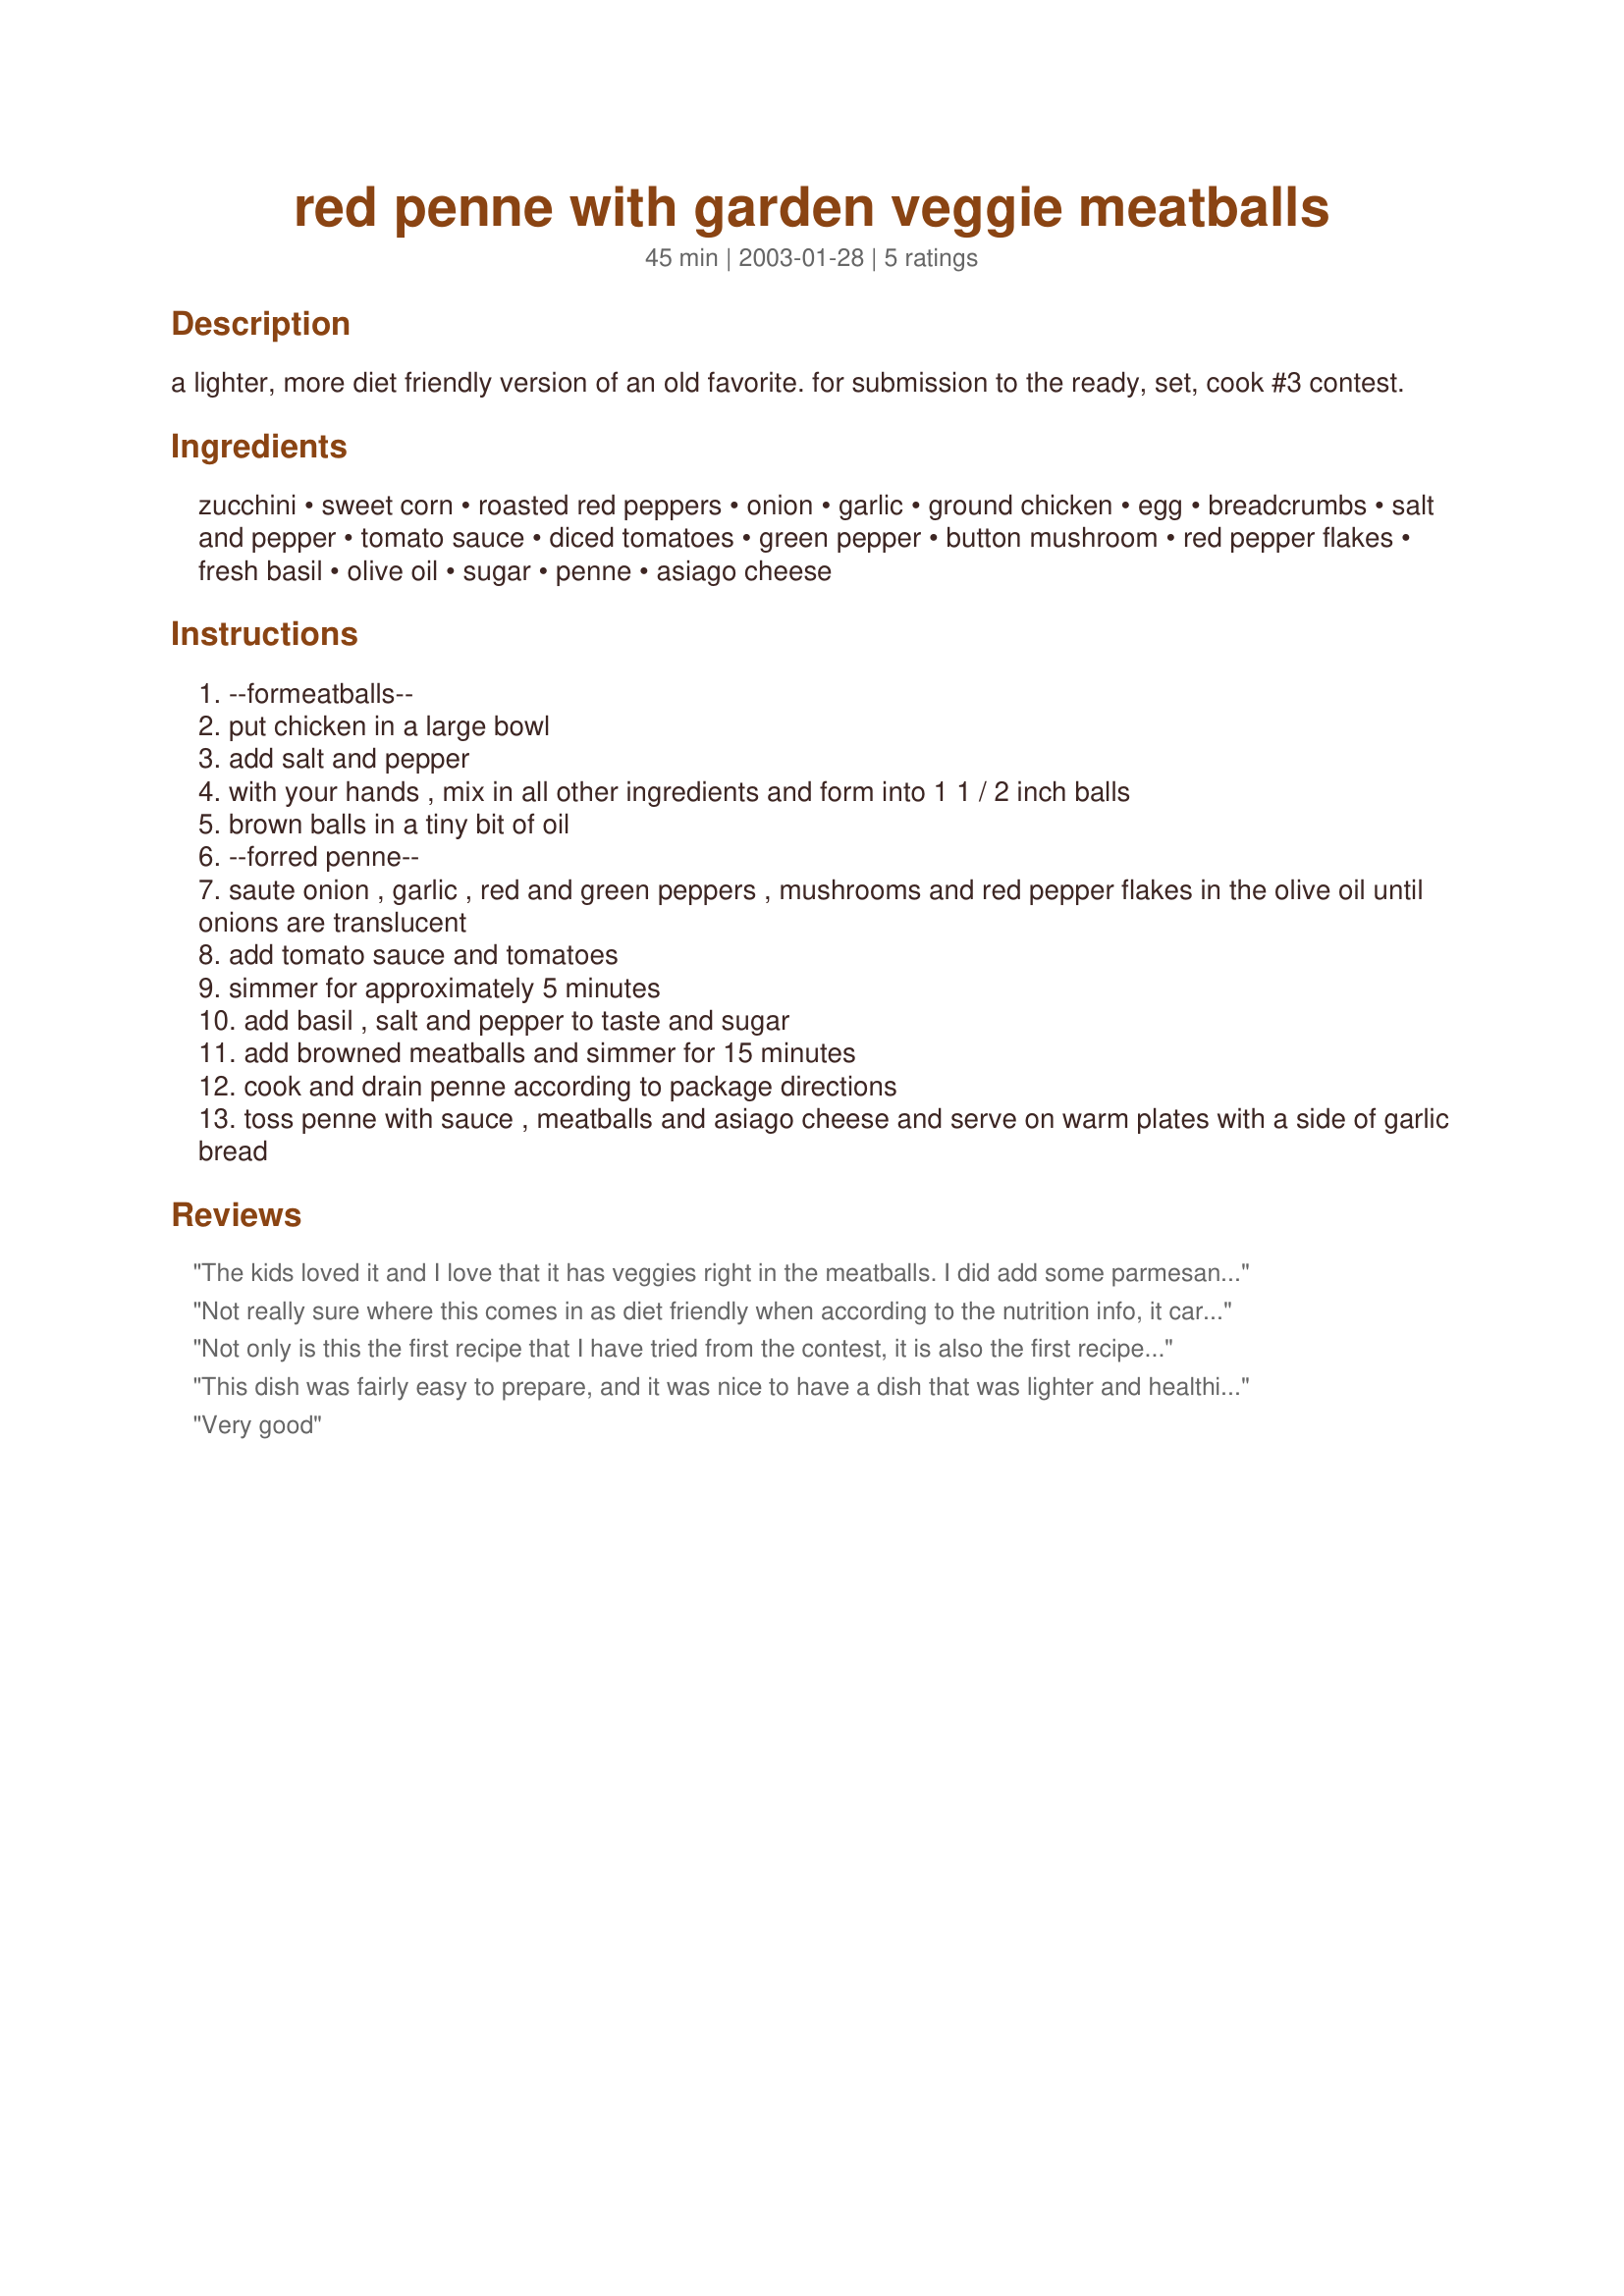
red penne with garden veggie meatballs
Preparation time: 45 minutes

a lighter, more diet friendly version of an old favorite. for submission to the ready, set, cook #3 contest.

Ingredients:
zucchini, sweet corn, roasted red peppers, onion, garlic, ground chicken, egg, breadcrumbs, salt and pepper, tomato sauce, diced tomatoes, green pepper, button mushroom, red pepper flakes, fresh basil, olive oil, sugar, penne, asiago cheese

Steps:
--formeatballs--
put chicken in a large bowl
add salt and pepper
with your hands , mix in all other ingredients and form into 1 1 / 2 inch balls
brown balls in a tiny bit of oil
--forred penne--
saute onion , garlic , red and green peppers , mushrooms and red pepper flakes in the olive oil until onions are translucent
add tomato sauce and tomatoes
simmer for approximately 5 minutes
add basil , salt and pepper to taste and sugar
add browned meatballs and simmer for 15 minutes
cook and drain penne according to package directions
toss penne with sauce , meatballs and asiago cheese and serve on warm plates with a side of garlic bread

Reviews:
The kids loved it and I love that it has veggies right in the meatballs. I did add some parmesan cheese to the meatball and after browning it I added them to bottled sauce and let it simmer for about 15 minutes. Delicious!
Not really sure where this comes in as diet friendly when according to the nutrition info, it carries over 700 calories per serving.?
Not only is this the first recipe that I have tried from the contest, it is also the first recipe that I have tried from this website. If this recipe is an indication of what is in store, I will be coming back for a long time! The meatballs were interesting and the sauce was very tasty. The garlic bread was a great suggestion! DustyOne
This dish was fairly easy to prepare, and it was nice to have a dish that was lighter and healthier. The meatballs were very moist, tender and flavorful, without an overwhelming sense of vegetables. The sauce was very flavorful and tomato-ey and went well with the meatballs to make a nice pasta dish. Good luck in the contest!
Very good
